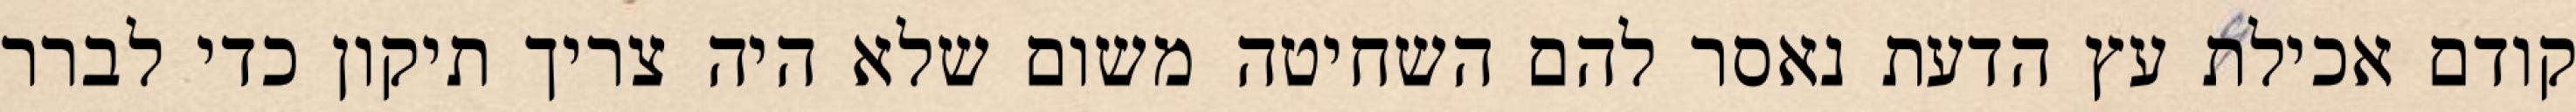
קודם אכילת עץ הדעת נאסר להם השחיטה משום שלא היה צריך תיקון כדי לברר